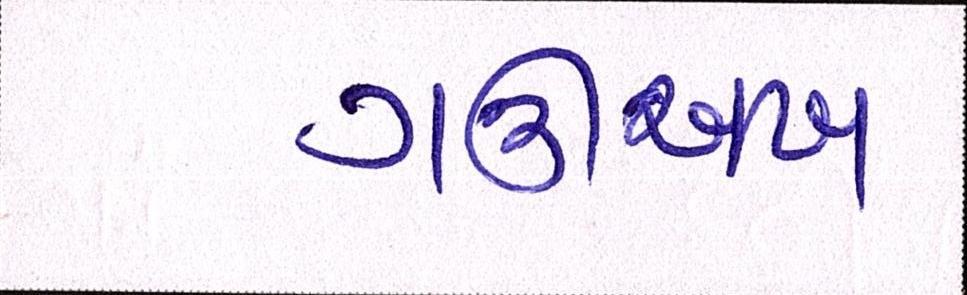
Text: ગઊઅખ